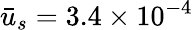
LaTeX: \bar{u}_{s}=3.4\times{10^{-4}}